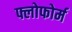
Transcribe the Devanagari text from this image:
फ्लोफोर्म